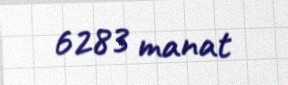
6283 manat